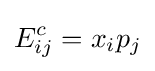
E_{ij}^{c}=x_{i}p_{j}